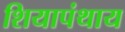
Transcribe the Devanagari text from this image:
शियापंथाय